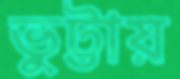
ভুট্টায়